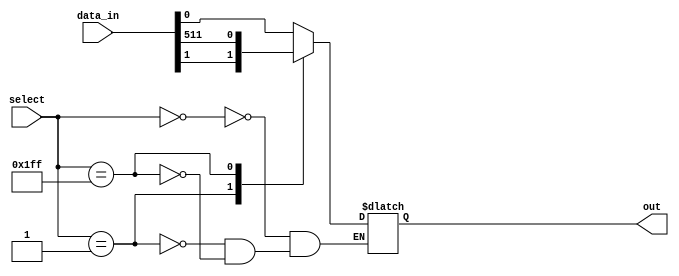
module mux_512to1(
    input [511:0] data_in,
    input [8:0] select,
    output reg out
);

always @(*)
begin
    case(select)
        9'b000000000: out = data_in[0];
        9'b000000001: out = data_in[1];
        // Add more cases for the remaining inputs
        9'b111111111: out = data_in[511];
    endcase
end

endmodule